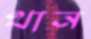
থান